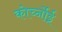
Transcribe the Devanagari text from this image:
कोर्च्नोई